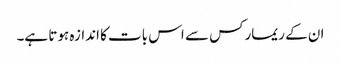
ان کے ریمارکس سے اس بات کا اندازہ ہوتا ہے۔